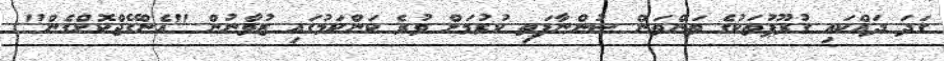
ގަދަ ދައްކައި ގުރޫޕުތަކުގެ ތަންތަން ސުންނާފަތި ކުރުމަށް ވުރެ ކަންކަމުގައި ޒުވާނުން "އެންގޭޖްކޮށްގެން"